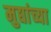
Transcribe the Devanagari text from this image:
मुद्यांच्या